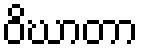
ဝိဃာတာ